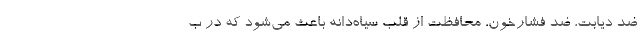
ضد دیابت، ضد فشارخون، محافظت از قلب سیاه‌دانه باعث می‌شود که در ب